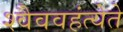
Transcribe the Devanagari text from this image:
श्वैववहंत्येते